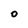
Character: 0